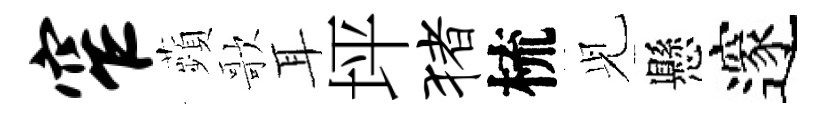
窄蘋歌耳坪猪梳𫤗懸邃